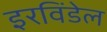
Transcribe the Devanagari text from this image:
इरविंडेल